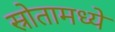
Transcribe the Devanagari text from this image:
स्रोतामध्ये